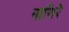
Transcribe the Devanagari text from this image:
मासिरे